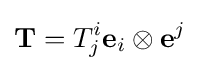
\mathbf {T} =T_{j}^{i}\mathbf {e} _{i}\otimes \mathbf {e} ^{j}